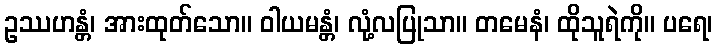
ဥဿဟန္တံ၊ အားထုတ်သော။ ဝါယမန္တံ၊ လုံ့လပြုသာ။ တမေနံ၊ ထိုသူရဲကို။ ပရေ၊